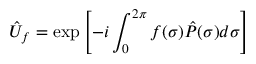
\hat { U } _ { f } = \exp \left[ - i \int _ { 0 } ^ { 2 \pi } f ( \sigma ) \hat { P } ( \sigma ) d \sigma \right]